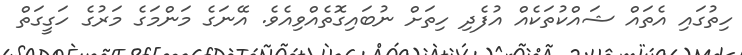
ހިތުގައި އެތައް ޝައްކުތަކެއް އުފެދި ހިތަށް ނުބައިގޮތެއްވިއެވެ. އޭނަގެ މަންމަގެ މަރުގެ ހަގީގަތް